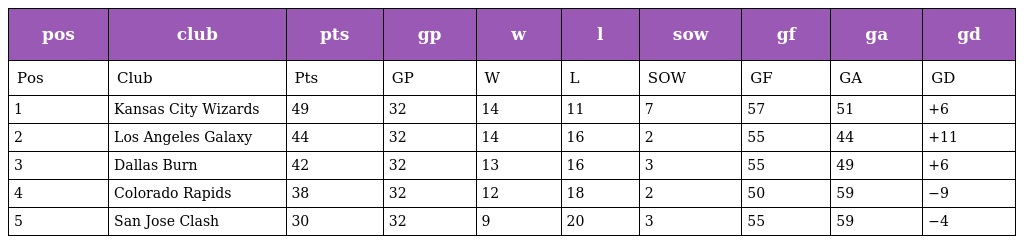
| pos | club | pts | gp | w | l | sow | gf | ga | gd |
 | --- | --- | --- | --- | --- | --- | --- | --- | --- | --- |
 | Pos | Club | Pts | GP | W | L | SOW | GF | GA | GD |
 | 1 | Kansas City Wizards | 49 | 32 | 14 | 11 | 7 | 57 | 51 | +6 |
 | 2 | Los Angeles Galaxy | 44 | 32 | 14 | 16 | 2 | 55 | 44 | +11 |
 | 3 | Dallas Burn | 42 | 32 | 13 | 16 | 3 | 55 | 49 | +6 |
 | 4 | Colorado Rapids | 38 | 32 | 12 | 18 | 2 | 50 | 59 | −9 |
 | 5 | San Jose Clash | 30 | 32 | 9 | 20 | 3 | 55 | 59 | −4 |